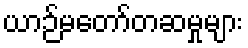
ယာဉ်မတော်တဆမှုများ